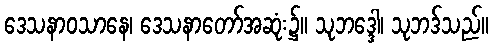
ဒေသနာဝသာနေ၊ ဒေသနာတော်အဆုံး၌။ သုဘဒ္ဒေါ၊ သုဘဒ်သည်။